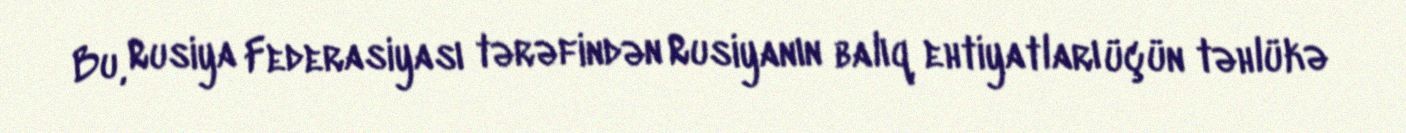
Bu, Rusiya Federasiyası tərəfindən Rusiyanın balıq ehtiyatları üçün təhlükə